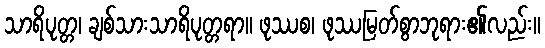
သာရိပုတ္တ၊ ချစ်သားသာရိပုတ္တရာ။ ဖုဿစ၊ ဖုဿမြတ်စွာဘုရား၏လည်း။